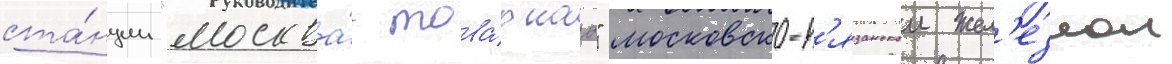
ста́нции "москва́-това́рнаа" московско-р'язанскои жел'езнои